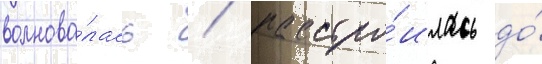
волнова́лась / расстро́илась до́